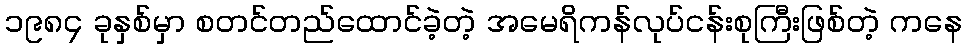
၁၉၈၄ ခုနှစ်မှာ စတင်တည်ထောင်ခဲ့တဲ့ အမေရိကန်လုပ်ငန်းစုကြီးဖြစ်တဲ့ ကနေ